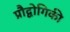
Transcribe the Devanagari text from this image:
प्रौद्वोगिकी